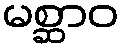
မစ္ဆာဝ